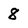
Character: 8